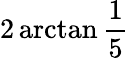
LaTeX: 2\arctan{\frac{1}{5}}